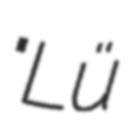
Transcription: "Lü